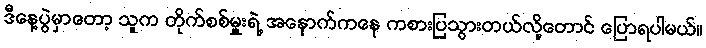
ဒီနေ့ပွဲမှာတော့ သူက တိုက်စစ်မှူးရဲ့ အနောက်ကနေ ကစားပြသွားတယ်လို့တောင် ပြောရပါမယ်။